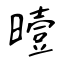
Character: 曀